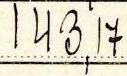
143,17